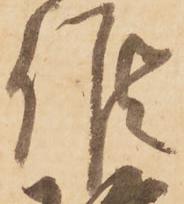
候